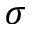
\sigma